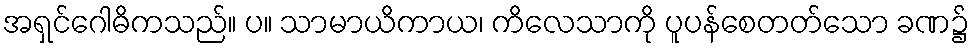
အရှင်ဂေါဓိကသည်။ ပ။ သာမာယိကာယ၊ ကိလေသာကို ပူပန်စေတတ်သော ခဏ၌